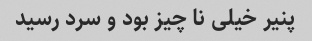
پنیر خیلی نا چیز بود و سرد رسید